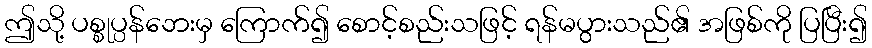
ဤသို့ ပစ္စုပ္ပန်ဘေးမှ ကြောက်၍ စောင့်စည်းသဖြင့် ရန်မပွားသည်၏ အဖြစ်ကို ပြပြီး၍